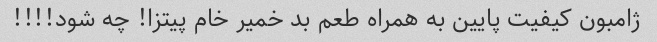
ژامبون کیفیت پایین به همراه طعم بد خمیر خام پیتزا! چه شود!!!!